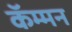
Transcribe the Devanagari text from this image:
कॅम्मन